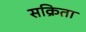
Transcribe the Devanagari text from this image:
सक्रिता